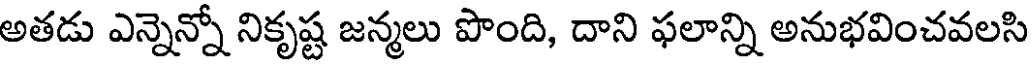
అతడు ఎన్నెన్నో నికృష్ట జన్మలు పొంది, దాని ఫలాన్ని అనుభవించవలసి